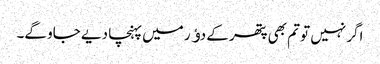
اگر نہیں تو تم بھی پتھر کے دﺅر میں پہنچا دیے جاو گے۔